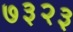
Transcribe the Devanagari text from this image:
७३२३